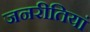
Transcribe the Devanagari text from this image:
जनरीतियां